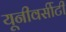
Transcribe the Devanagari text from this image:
यूनीवर्सीटी